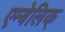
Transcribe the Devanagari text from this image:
एम्बेलिक्